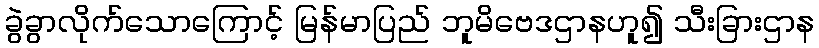
ခွဲခွာလိုက်သောကြောင့် မြန်မာပြည် ဘူမိဗေဒဌာနဟူ၍ သီးခြားဌာန